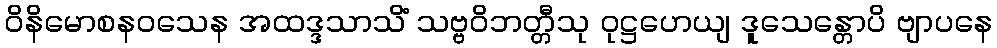
ဝိနိမောစနဝသေန အထဒ္ဒသာသိံ သဗ္ဗဝိဘတ္တီသု ဝုဋ္ဌဟေယျ ဒူသေန္တောပိ ဗျာပနေ